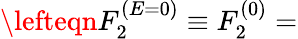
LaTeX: \begin{array}{rlr}{\lefteqn{F_{2}^{(E=0)}\equiv F_{2}^{(0)}=}}\end{array}